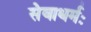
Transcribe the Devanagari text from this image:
सेवाधर्मः